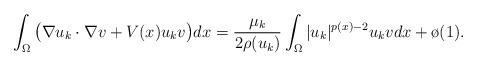
LaTeX: \begin{align*}\int_\Omega\big(\nabla u_k \cdot \nabla v + V(x)u_k v\big)dx=\frac{\mu_k}{2\rho(u_k)}\int_\Omega|u_k|^{p(x)-2}u_k v dx+\o(1).\end{align*}